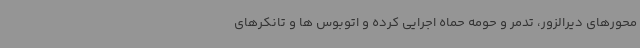
محورهای دیرالزور، تدمر و حومه حماه اجرایی کرده و اتوبوس ها و تانکرهای